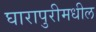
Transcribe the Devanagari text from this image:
घारापुरीमधील